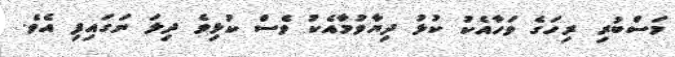
މަސްބުރި ރިހަގެ ވަހާއެކު ކުޅު ދިޔާވުމާއެކު ވެސް ކުޅިވެ ދިލަ ނަގައިފި އެވެ.